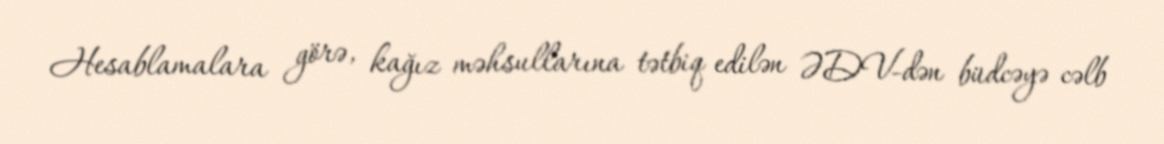
Hesablamalara görə, kağız məhsullarına tətbiq edilən ƏDV-dən büdcəyə cəlb